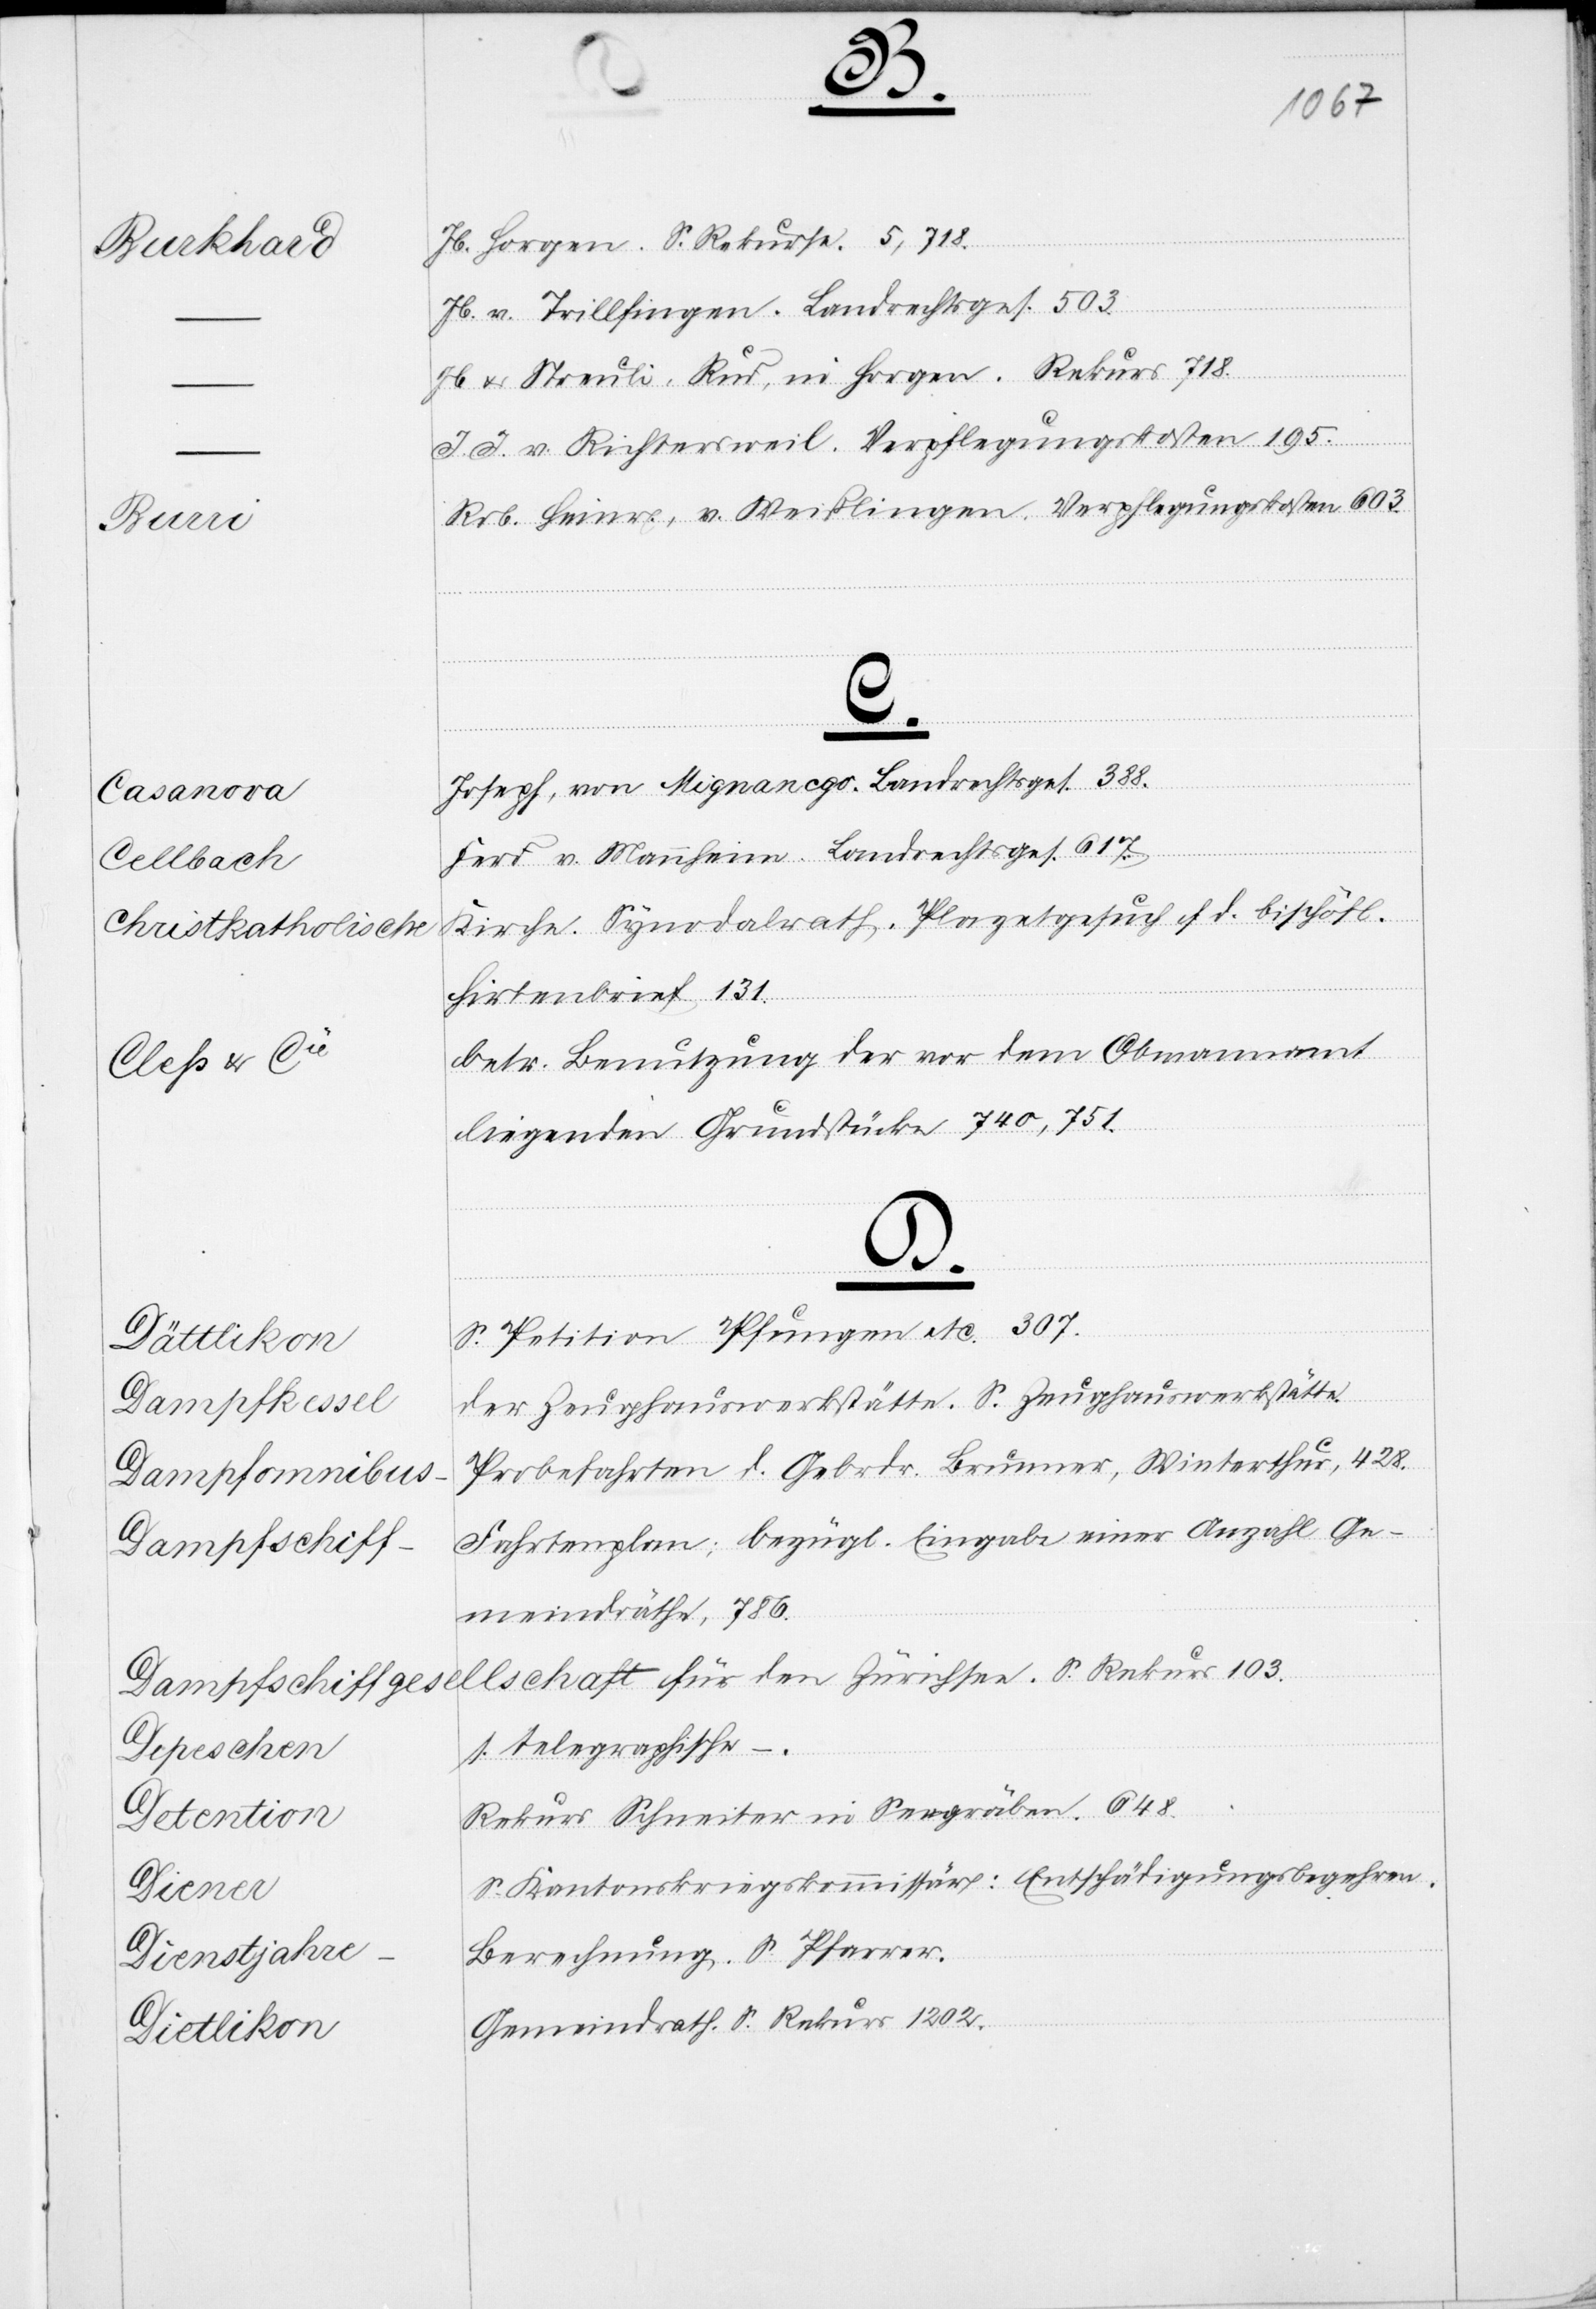
Staatsbeitrag
an
Gemeindrath
Mittheilung
Fortschreiten
Arbeiten.
Direktion

der
3.
10,000
weitere